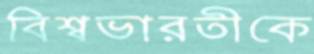
বিশ্বভারতীকে